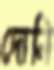
দোনি